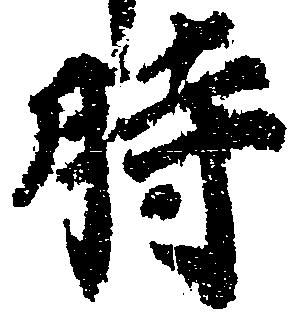
時